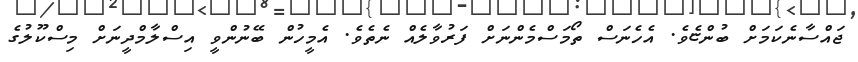
ޖައްސާނެކަމަށް ބުންޏެވެ. އެހެނަސް ތޯމަސްމެންނަށް ފަރުވާލެއް ނެތެވެ. އެމީހުން ބޭނުންވީ އިސްލާމްދީނަށް މިސްކޫލުގެ